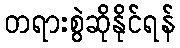
တရားစွဲဆိုနိုင်ရန်